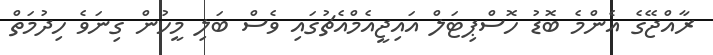
ރާއްޖޭގެ އެންމެ ބޮޑު ހޮސްޕިޓަލް އައިޖީއެމްއެޗުގައި ވެސް ބަލި މީހުން ގިނަވެ ހިދުމަތް